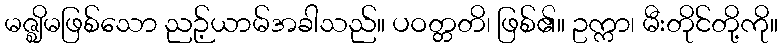
မဇ္ဈိမဖြစ်သော ညဉ့်ယာမ်အခါသည်။ ပဝတ္တတိ၊ ဖြစ်၏။ ဥက္ကာ၊ မီးတိုင်တို့ကို။